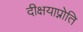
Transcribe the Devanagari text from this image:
दीक्षयाप्नोति